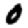
Digit: 0